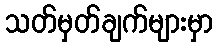
သတ်မှတ်ချက်များမှာ